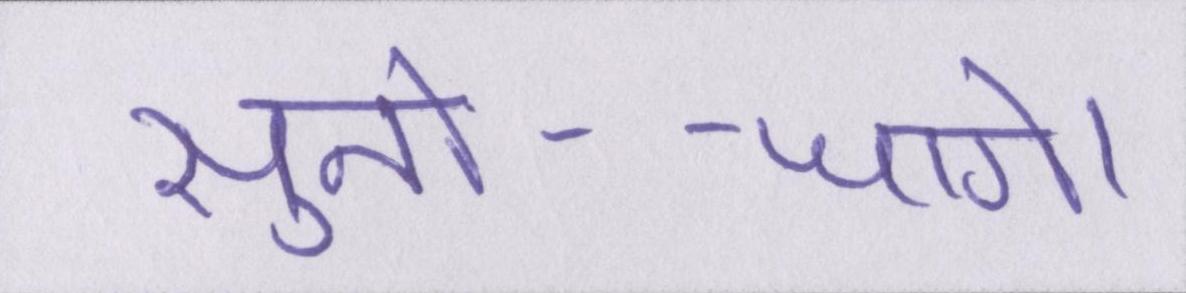
सुनो--जागे।